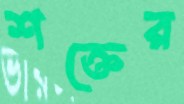
শক্তের